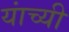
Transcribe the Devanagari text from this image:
यांच्यी